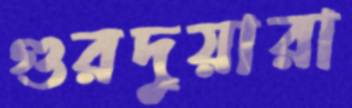
গুরদুয়ারা